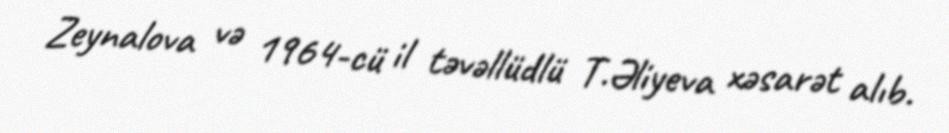
Zeynalova və 1964-cü il təvəllüdlü T.Əliyeva xəsarət alıb.